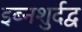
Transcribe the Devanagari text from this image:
इब्नशुर्दद्व